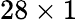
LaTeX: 28\times 1